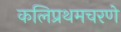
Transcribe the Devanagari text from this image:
कलिप्रथमचरणे